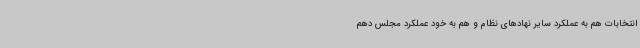
انتخابات هم به عملکرد سایر نهادهای نظام و هم به خود عملکرد مجلس دهم